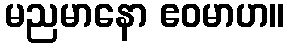
မညမာနော ဧဝမာဟ။